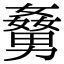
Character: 𡢹